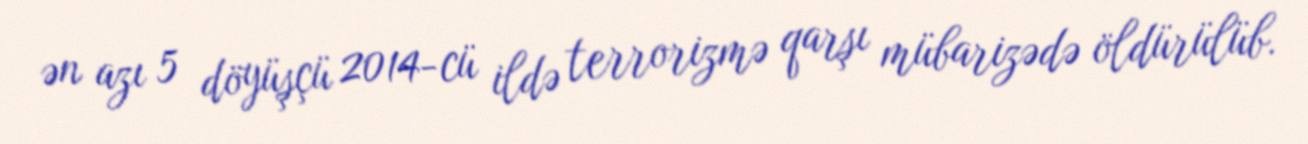
ən azı 5 döyüşçü 2014-cü ildə terrorizmə qarşı mübarizədə öldürülüb.